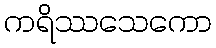
ကရိဿသေကော